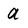
Character: a